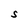
Character: S